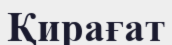
Қирағат